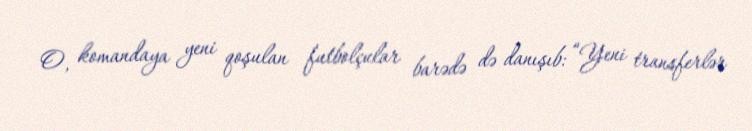
O, komandaya yeni qoşulan futbolçular barədə də danışıb: “Yeni transferlər